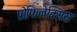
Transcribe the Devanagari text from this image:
प्रोफिलेक्सिस